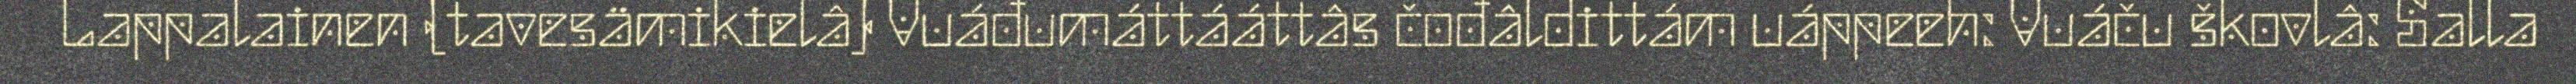
Lappalainen (tavesämikielâ) Vuáđumáttááttâs čođâldittám uáppeeh: Vuáču škovlâ: Salla